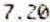
7.20